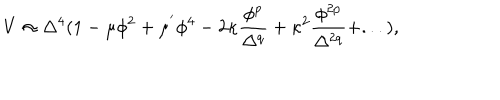
V \approx \Delta ^ { 4 } ( 1 - \mu \phi ^ { 2 } + \mu ^ { ' } \phi ^ { 4 } - 2 \kappa \frac { \phi ^ { p } } { \Delta ^ { q } } + \kappa ^ { 2 } \frac { \phi ^ { 2 p } } { \Delta ^ { 2 q } } + . . . ) ,